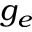
g _ { e }